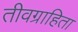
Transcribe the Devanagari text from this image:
तीवग्राहिता